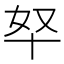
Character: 𫧞